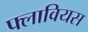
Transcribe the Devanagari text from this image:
फ्लावियस